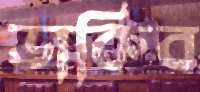
ডাকিব